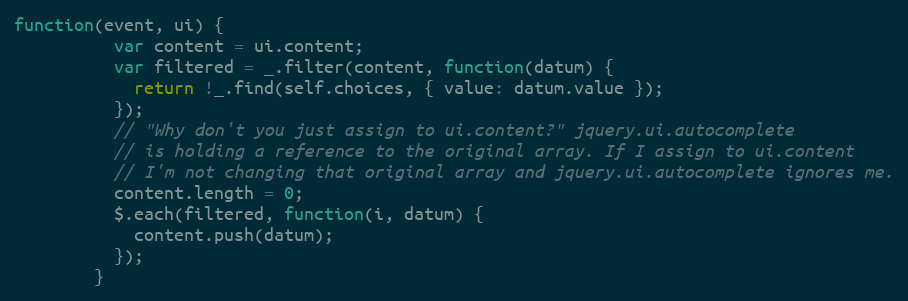
Language: JavaScript
function(event, ui) {
          var content = ui.content;
          var filtered = _.filter(content, function(datum) {
            return !_.find(self.choices, { value: datum.value });
          });
          // "Why don't you just assign to ui.content?" jquery.ui.autocomplete
          // is holding a reference to the original array. If I assign to ui.content
          // I'm not changing that original array and jquery.ui.autocomplete ignores me.
          content.length = 0;
          $.each(filtered, function(i, datum) {
            content.push(datum);
          });
        }